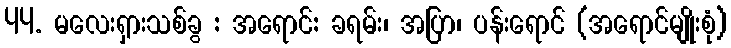
44. မလေးရှားသစ်ခွ : အရောင်: ခရမ်း၊ အပြာ၊ ပန်းရောင် (အရောင်မျိုးစုံ)